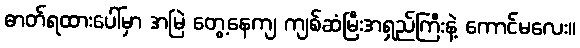
ဓာတ်ရထားပေါ်မှာ အမြဲ တွေ့နေကျ ကျစ်ဆံမြီးအရှည်ကြီးနဲ့ ကောင်မလေး။